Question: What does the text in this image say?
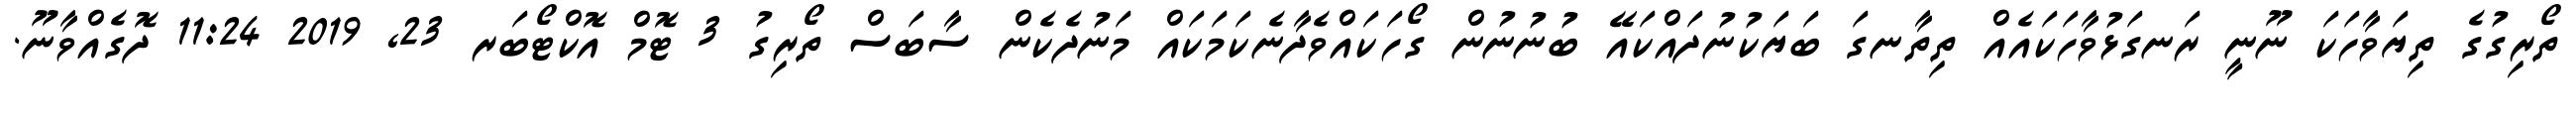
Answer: ތޯރިގުގެ ތިޔަވާހަކަ ނޫނީ ރަނގަޅުވާހަކައެއް ތިތާނގަ ބަޔަކުނުދައްކައޭ ބުނުނުން ގޯހަކައްވެދާނެކަމަކައް މަނުދެކެން ސާބަސް ތޯރިގު 3 ޓޮމް އޮކްޓޯބަރ 23, 2019 11:24 ދޮގެއްވާނޫ.